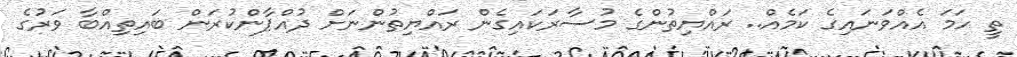
ތީ ހަމަ އެއްވަނައިގެ ކަމެއް.. ރައްޔިތުންގެ މުސާރަކައިގެން ރައްޔިތުންނަށް ދުއްޕާންކުރަން ބައިތިއްބާ ވަރުގެ